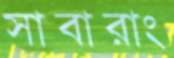
সাবারাং